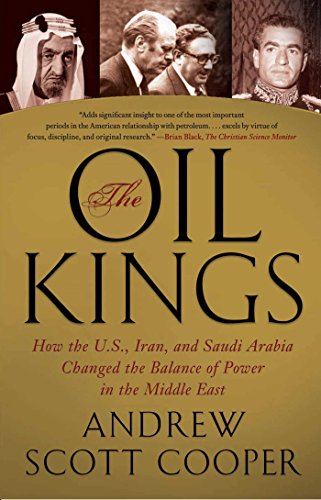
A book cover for The Oil Kings: How the U.S., Iran, and Saudi Arabia Changed the Balance of Power in the Middle East; Andrew Scott Cooper; History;